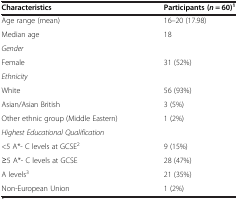
| Characteristics | Participants (n = 60)1 |
 | --- | --- |
 | Age range (mean) | 16–20 (17.98) |
 | Median age | 18 |
 | Gender |  |
 | Female | 31 (52%) |
 | Ethnicity |  |
 | White | 56 (93%) |
 | Asian/Asian British | 3 (5%) |
 | Other ethnic group (Middle Eastern) | 1 (2%) |
 | Highest Educational Qualification |  |
 | <5 A*- C levels at GCSE2 | 9 (15%) |
 | ≥5 A*- C levels at GCSE | 28 (47%) |
 | A levels3 | 21 (35%) |
 | Non-European Union | 1 (2%) |